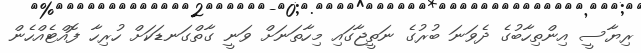
ރިޔާސީ އިންތިހާބުގެ ދެވަނަ ބުރުގެ ނަތީޖާގައި މިހާތަނަށް ވަނީ ގާތްގަނޑަކަށް ހުރިހާ ފޮއްޓެއްހެން